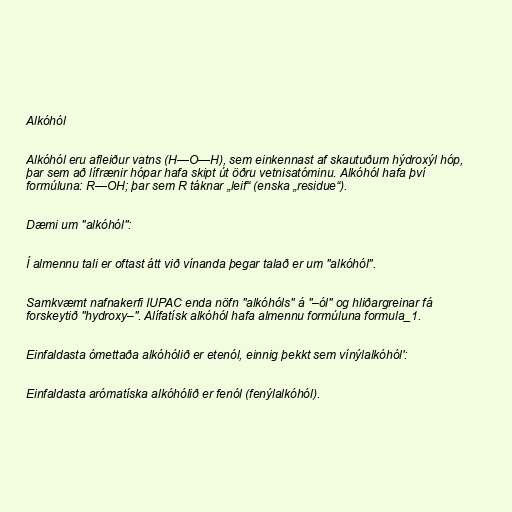
Alkóhól

Alkóhól eru afleiður vatns (H—O—H), sem einkennast af skautuðum hýdroxýl hóp,
þar sem að lífrænir hópar hafa skipt út öðru vetnisatóminu. Alkóhól hafa því
formúluna: R—OH; þar sem R táknar „leif“ (enska „residue“).

Dæmi um "alkóhól":

Í almennu tali er oftast átt við vínanda þegar talað er um "alkóhól".

Samkvæmt nafnakerfi IUPAC enda nöfn "alkóhóls" á "–ól" og hliðargreinar fá
forskeytið "hydroxy–". Alífatísk alkóhól hafa almennu formúluna formula_1.

Einfaldasta ómettaða alkóhólið er etenól, einnig þekkt sem vínýlalkóhól':

Einfaldasta arómatíska alkóhólið er fenól (fenýlalkóhól).